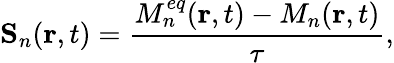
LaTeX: \mathbf{S}_{n}(\mathbf{r},t)=\frac{M_{n}^{eq}(\mathbf{r},t)-M_{n}(\mathbf{r},t)}{\tau},